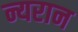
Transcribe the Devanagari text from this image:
न्यरान